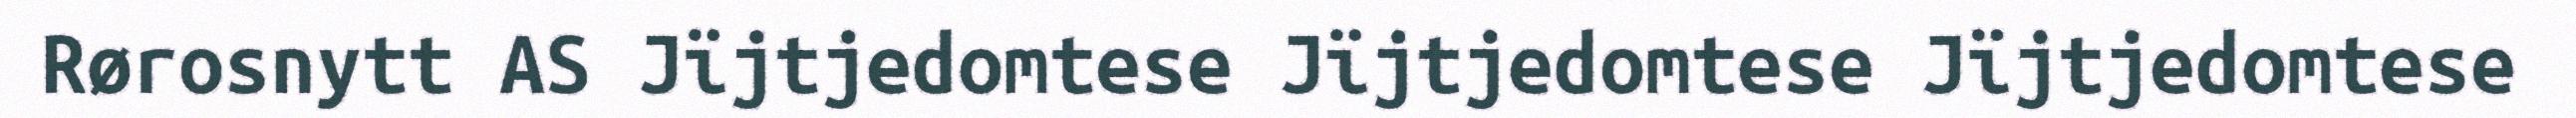
Rørosnytt AS Jïjtjedomtese Jïjtjedomtese Jïjtjedomtese